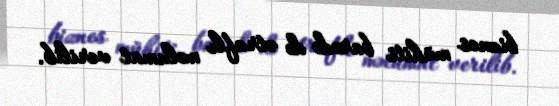
biznes mühiti barədə də ətraflı məlumat verilib.